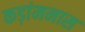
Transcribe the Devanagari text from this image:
कड़ांमनास